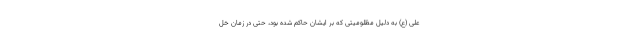
علی (ع) به دلیل مظلومیتی که بر ایشان حاکم شده بود، حتی در زمان خل